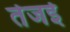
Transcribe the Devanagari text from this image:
तेजई